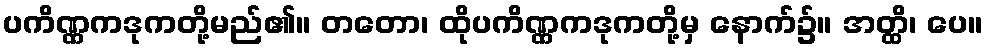
ပကိဏ္ဏကဒုကတို့မည်၏။ တတော၊ ထိုပကိဏ္ဏကဒုကတို့မှ နောက်၌။ အတ္ထိ၊ ပေ။